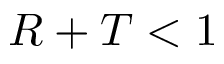
R + T < 1